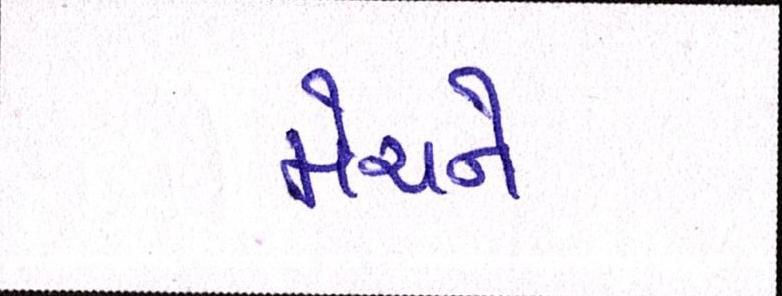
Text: મેચને